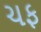
ચફ